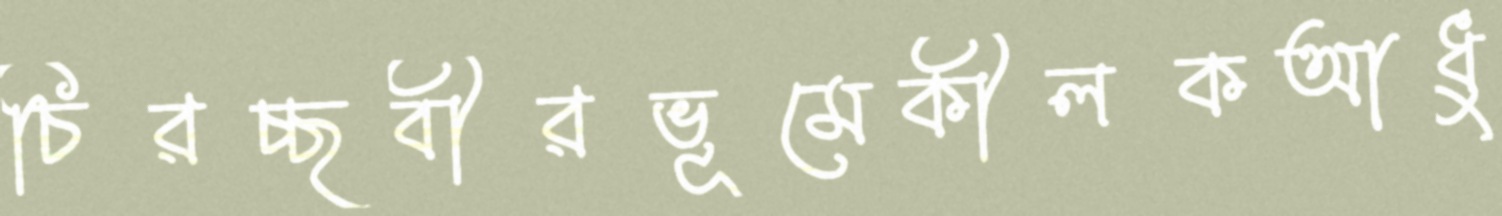
চিরচ্ছবীরভূমেকীলকআধু